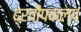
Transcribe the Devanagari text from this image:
द्रवीपकल्प